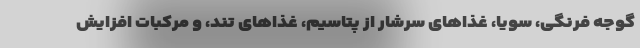
گوجه فرنگی، سویا، غذاهای سرشار از پتاسیم، غذاهای تند، و مرکبات افزایش